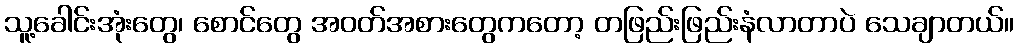
သူ့ခေါင်းအုံးတွေ၊ စောင်တွေ အဝတ်အစားတွေကတော့ တဖြည်းဖြည်းနံလာတာပဲ သေချာတယ်။